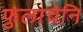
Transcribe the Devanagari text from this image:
फुलाचेनि